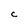
Character: C